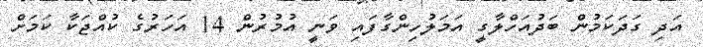
އަދި ގަދަކަމުން ބަދުއަހްލާގީ އަމަލުހިންގާފައި ވަނީ އުމުރުން 14 އަހަރުގެ ކުއްޖަކާ ކަމަށް